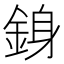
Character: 銵